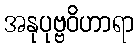
အနုပုဗ္ဗဝိဟာရာ